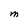
Character: M